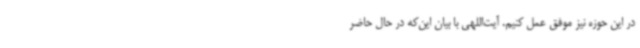
در این حوزه نیز موفق عمل کنیم. آیت‌اللهی با بیان این‌که در حال حاضر